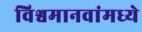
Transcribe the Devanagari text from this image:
विश्वमानवांमध्ये